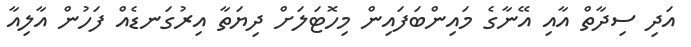
އަދި ސިދާތް އާއި އޭނާގެ މައިންބަފައިން މިހޮޓަލަށް ދިޔަތާ އިރުގަނޑެއް ފަހުން އާލިއާ